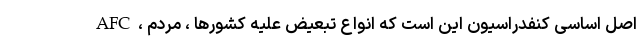
AFC ، اصل اساسی کنفدراسیون این است که انواع تبعیض علیه کشورها ، مردم